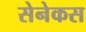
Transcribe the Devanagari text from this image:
सेनेकस